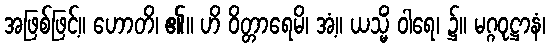
အဖြစ်ဖြင့်။ ဟောတိ၊ ၏။ ဟိ ဝိတ္တာရေမိ၊ အံ့။ ယသ္မိံ ဝါရေ၊ ၌။ မဂ္ဂဝုဋ္ဌာနံ၊